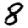
Digit: 8